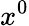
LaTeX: x^{0}